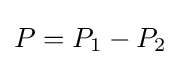
P=P_{1}-P_{2}